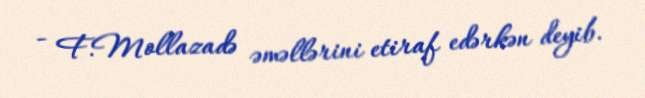
- F.Mollazadə əməllərini etiraf edərkən deyib.